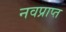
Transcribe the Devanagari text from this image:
नवप्राप्त